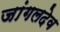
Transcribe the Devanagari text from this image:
जांगलदेव